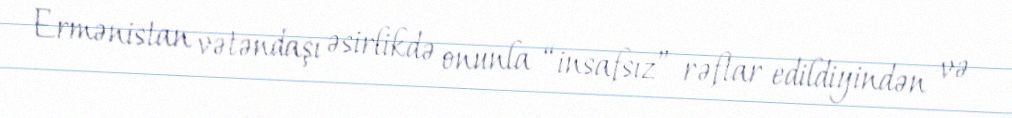
Ermənistan vətəndaşı əsirlikdə onunla “insafsız” rəftar edildiyindən və